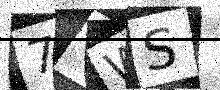
Text: 7YWS